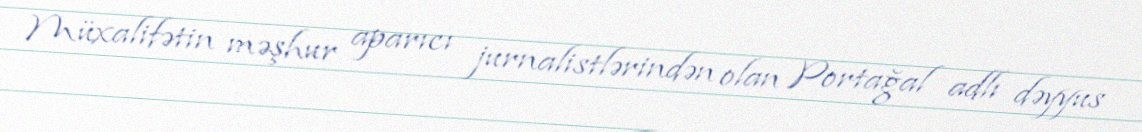
Müxalifətin məşhur aparıcı jurnalistlərindən olan Portağal adlı dəyyus